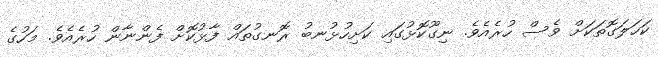
ކަހަލަގޮތަކަށް ވެސް ހުރެއެވެ. ނިގޫކޮޅުގައި ކަށިހުޅުނބު ރޮނގުތައް ފާޅުކޮށް ފެންނާން ހުރެއެވެ. މަހުގެ